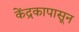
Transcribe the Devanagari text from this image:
केंद्रकापासून